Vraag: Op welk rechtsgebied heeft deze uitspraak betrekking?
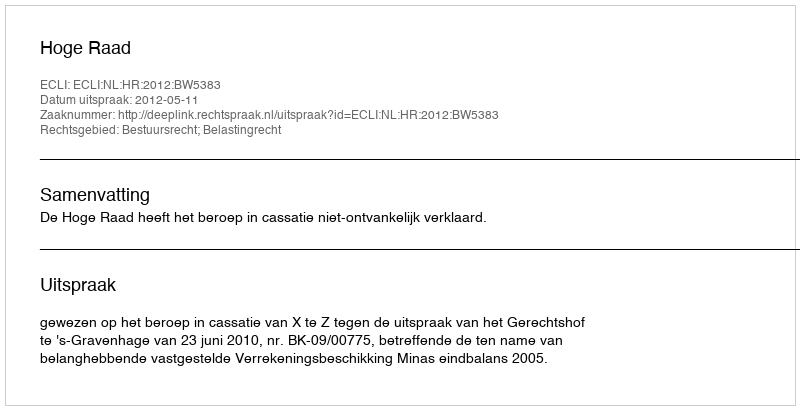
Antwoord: Bestuursrecht; Belastingrecht